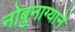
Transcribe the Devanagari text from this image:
नोबुनाग्याने